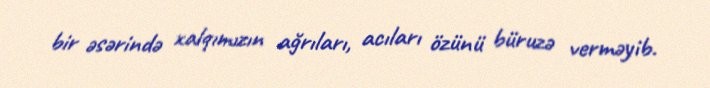
bir əsərində xalqımızın ağrıları, acıları özünü büruzə verməyib.